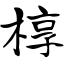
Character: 椁